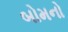
બોમનો